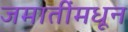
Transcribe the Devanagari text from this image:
जमातींमधून